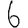
Digit: 6